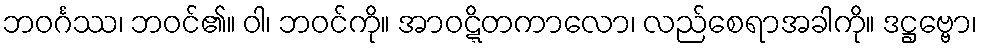
ဘဝင်္ဂဿ၊ ဘဝင်၏။ ဝါ၊ ဘဝင်ကို။ အာဝဋ္ဋိတကာလော၊ လည်စေရာအခါကို။ ဒဋ္ဌဗ္ဗော၊